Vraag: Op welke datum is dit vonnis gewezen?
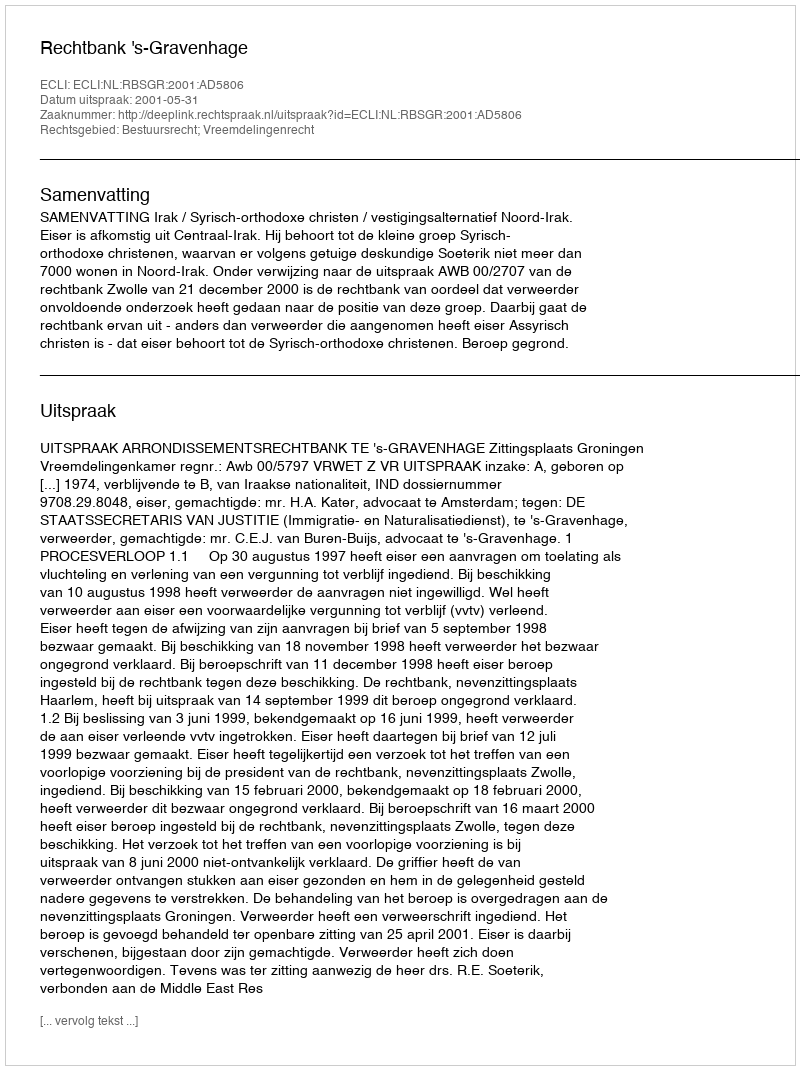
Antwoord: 2001-05-31